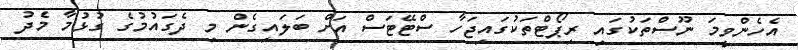
އެހެންވީމަ ނޫސްތަކުގައި ރިޕޯޓްތަކުގައިޖަހާ ސްޓޭޓަސް އަށް ބަލައިގެން މި ދެގައުމުގެ ގުޅުމާ މެދު